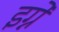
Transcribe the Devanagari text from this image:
इग्ने